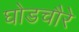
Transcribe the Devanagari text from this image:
घोडचौरे